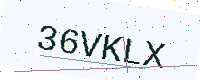
Text: 36VKLX